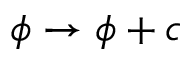
\phi \to \phi + c